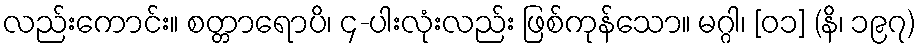
လည်းကောင်း။ စတ္တာရောပိ၊ ၄-ပါးလုံးလည်း ဖြစ်ကုန်သော။ မဂ္ဂါ၊ [၀၁] (နိ၊ ၁၉၇)